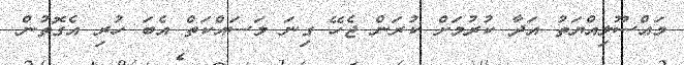
މައްސޫލިއްޔަތު އަދާ ކުރުމަށް ކުރަން ޖެހޭ ގިނަ މަސައްކަތް އެބަ ހުރި އެގޮތުން